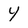
Character: Y